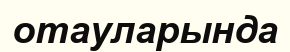
отауларында